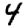
Digit: 4